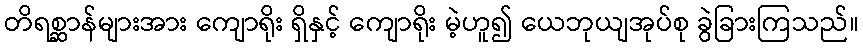
တိရစ္ဆာန်များအား ကျောရိုး ရှိနှင့် ကျောရိုး မဲ့ဟူ၍ ယေဘုယျအုပ်စု ခွဲခြားကြသည်။